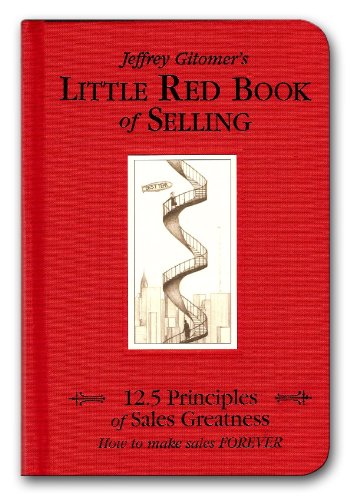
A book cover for Little Red Book of Selling: 12.5 Principles of Sales Greatness; Jeffrey Gitomer; Business & Money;